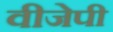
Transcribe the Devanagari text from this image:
वीजेपी